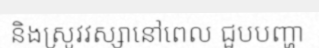
និងស្រូវវស្សានៅពេល ជួបបញ្ហា